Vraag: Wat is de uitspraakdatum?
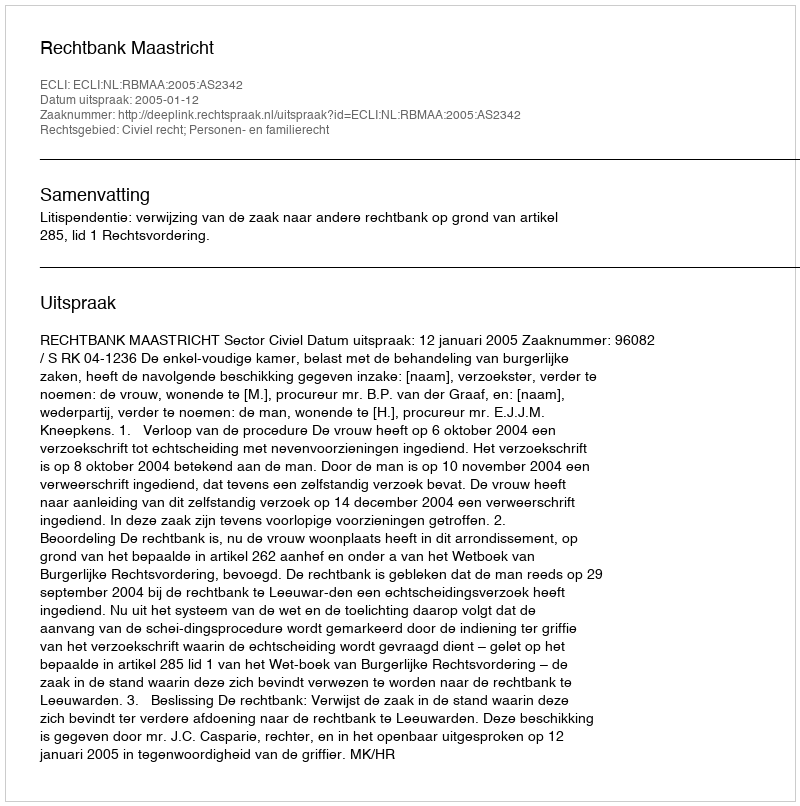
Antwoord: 2005-01-12